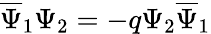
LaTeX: \overline{{{\Psi}}}_{1}\Psi_{2}=-q\Psi_{2}\overline{{{\Psi}}}_{1}